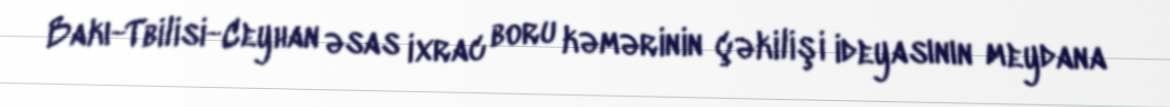
Bakı-Tbilisi-Ceyhan əsas ixrac boru kəmərinin çəkilişi ideyasının meydana